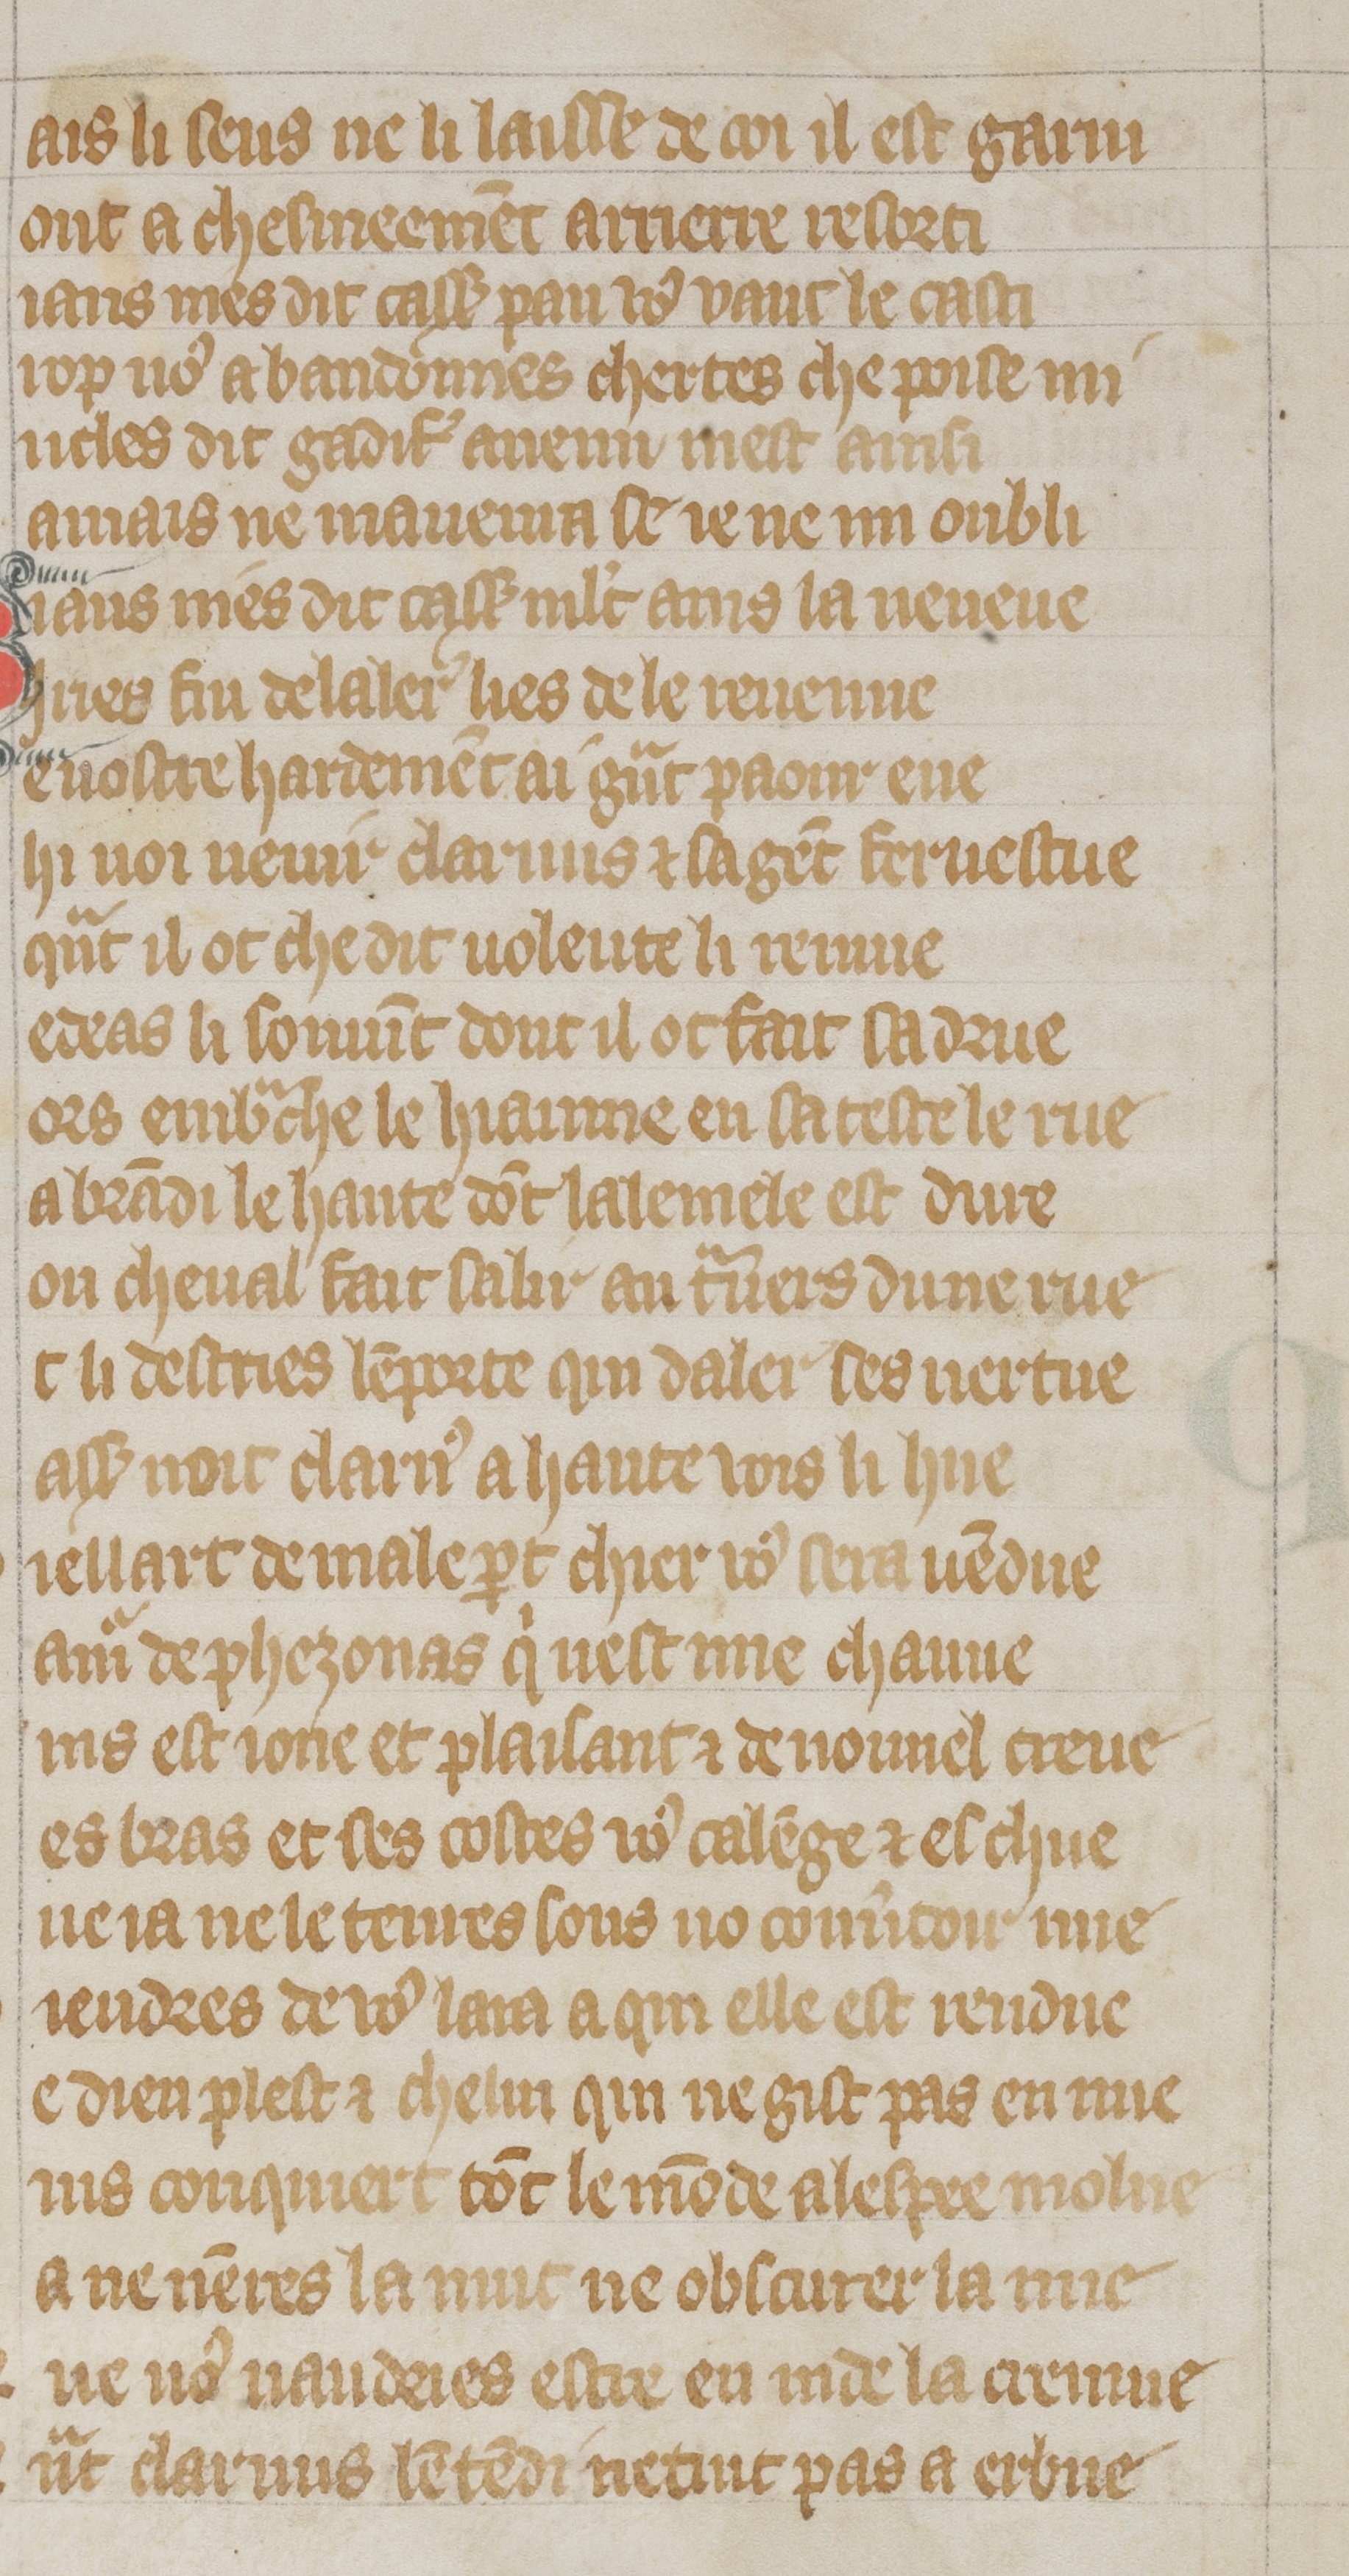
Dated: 1300–1330